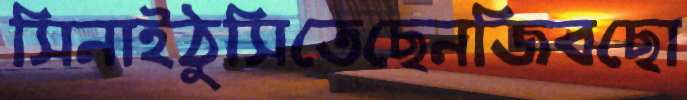
সিনাইঠুসিতেছেনজিবছো